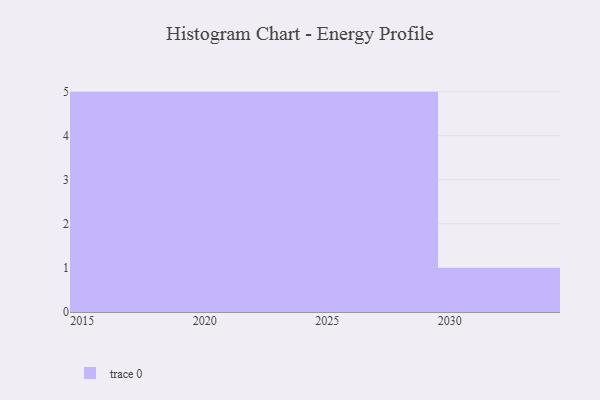
{"axis": {"x": "Year", "y": "Customer Acquisition Cost (USD)"}, "legend": [""], "data": [{"x": "2016", "y": 51, "type": ""}, {"x": "2030", "y": 96, "type": ""}, {"x": "2021", "y": 86, "type": ""}, {"x": "2027", "y": 51, "type": ""}, {"x": "2028", "y": 95, "type": ""}, {"x": "2029", "y": 21, "type": ""}, {"x": "2015", "y": 86, "type": ""}, {"x": "2025", "y": 8, "type": ""}, {"x": "2024", "y": 38, "type": ""}, {"x": "2026", "y": 45, "type": ""}, {"x": "2023", "y": 91, "type": ""}, {"x": "2022", "y": 44, "type": ""}, {"x": "2017", "y": 11, "type": ""}, {"x": "2020", "y": 9, "type": ""}, {"x": "2018", "y": 27, "type": ""}, {"x": "2019", "y": 65, "type": ""}]}